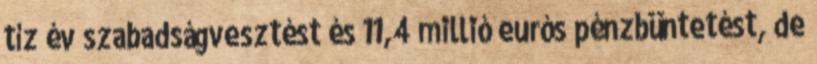
tíz év szabadságvesztést és 11,4 millió eurós pénzbüntetést, de